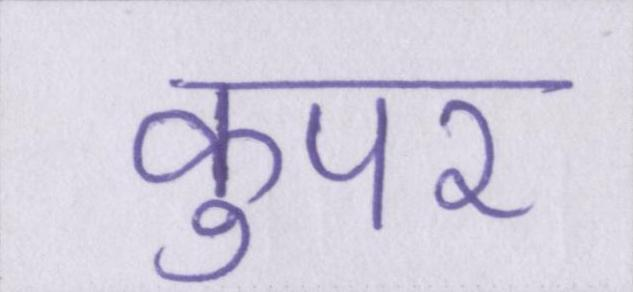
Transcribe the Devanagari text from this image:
कुपर